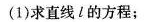
(1)求直线l的方程；